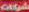
شركات